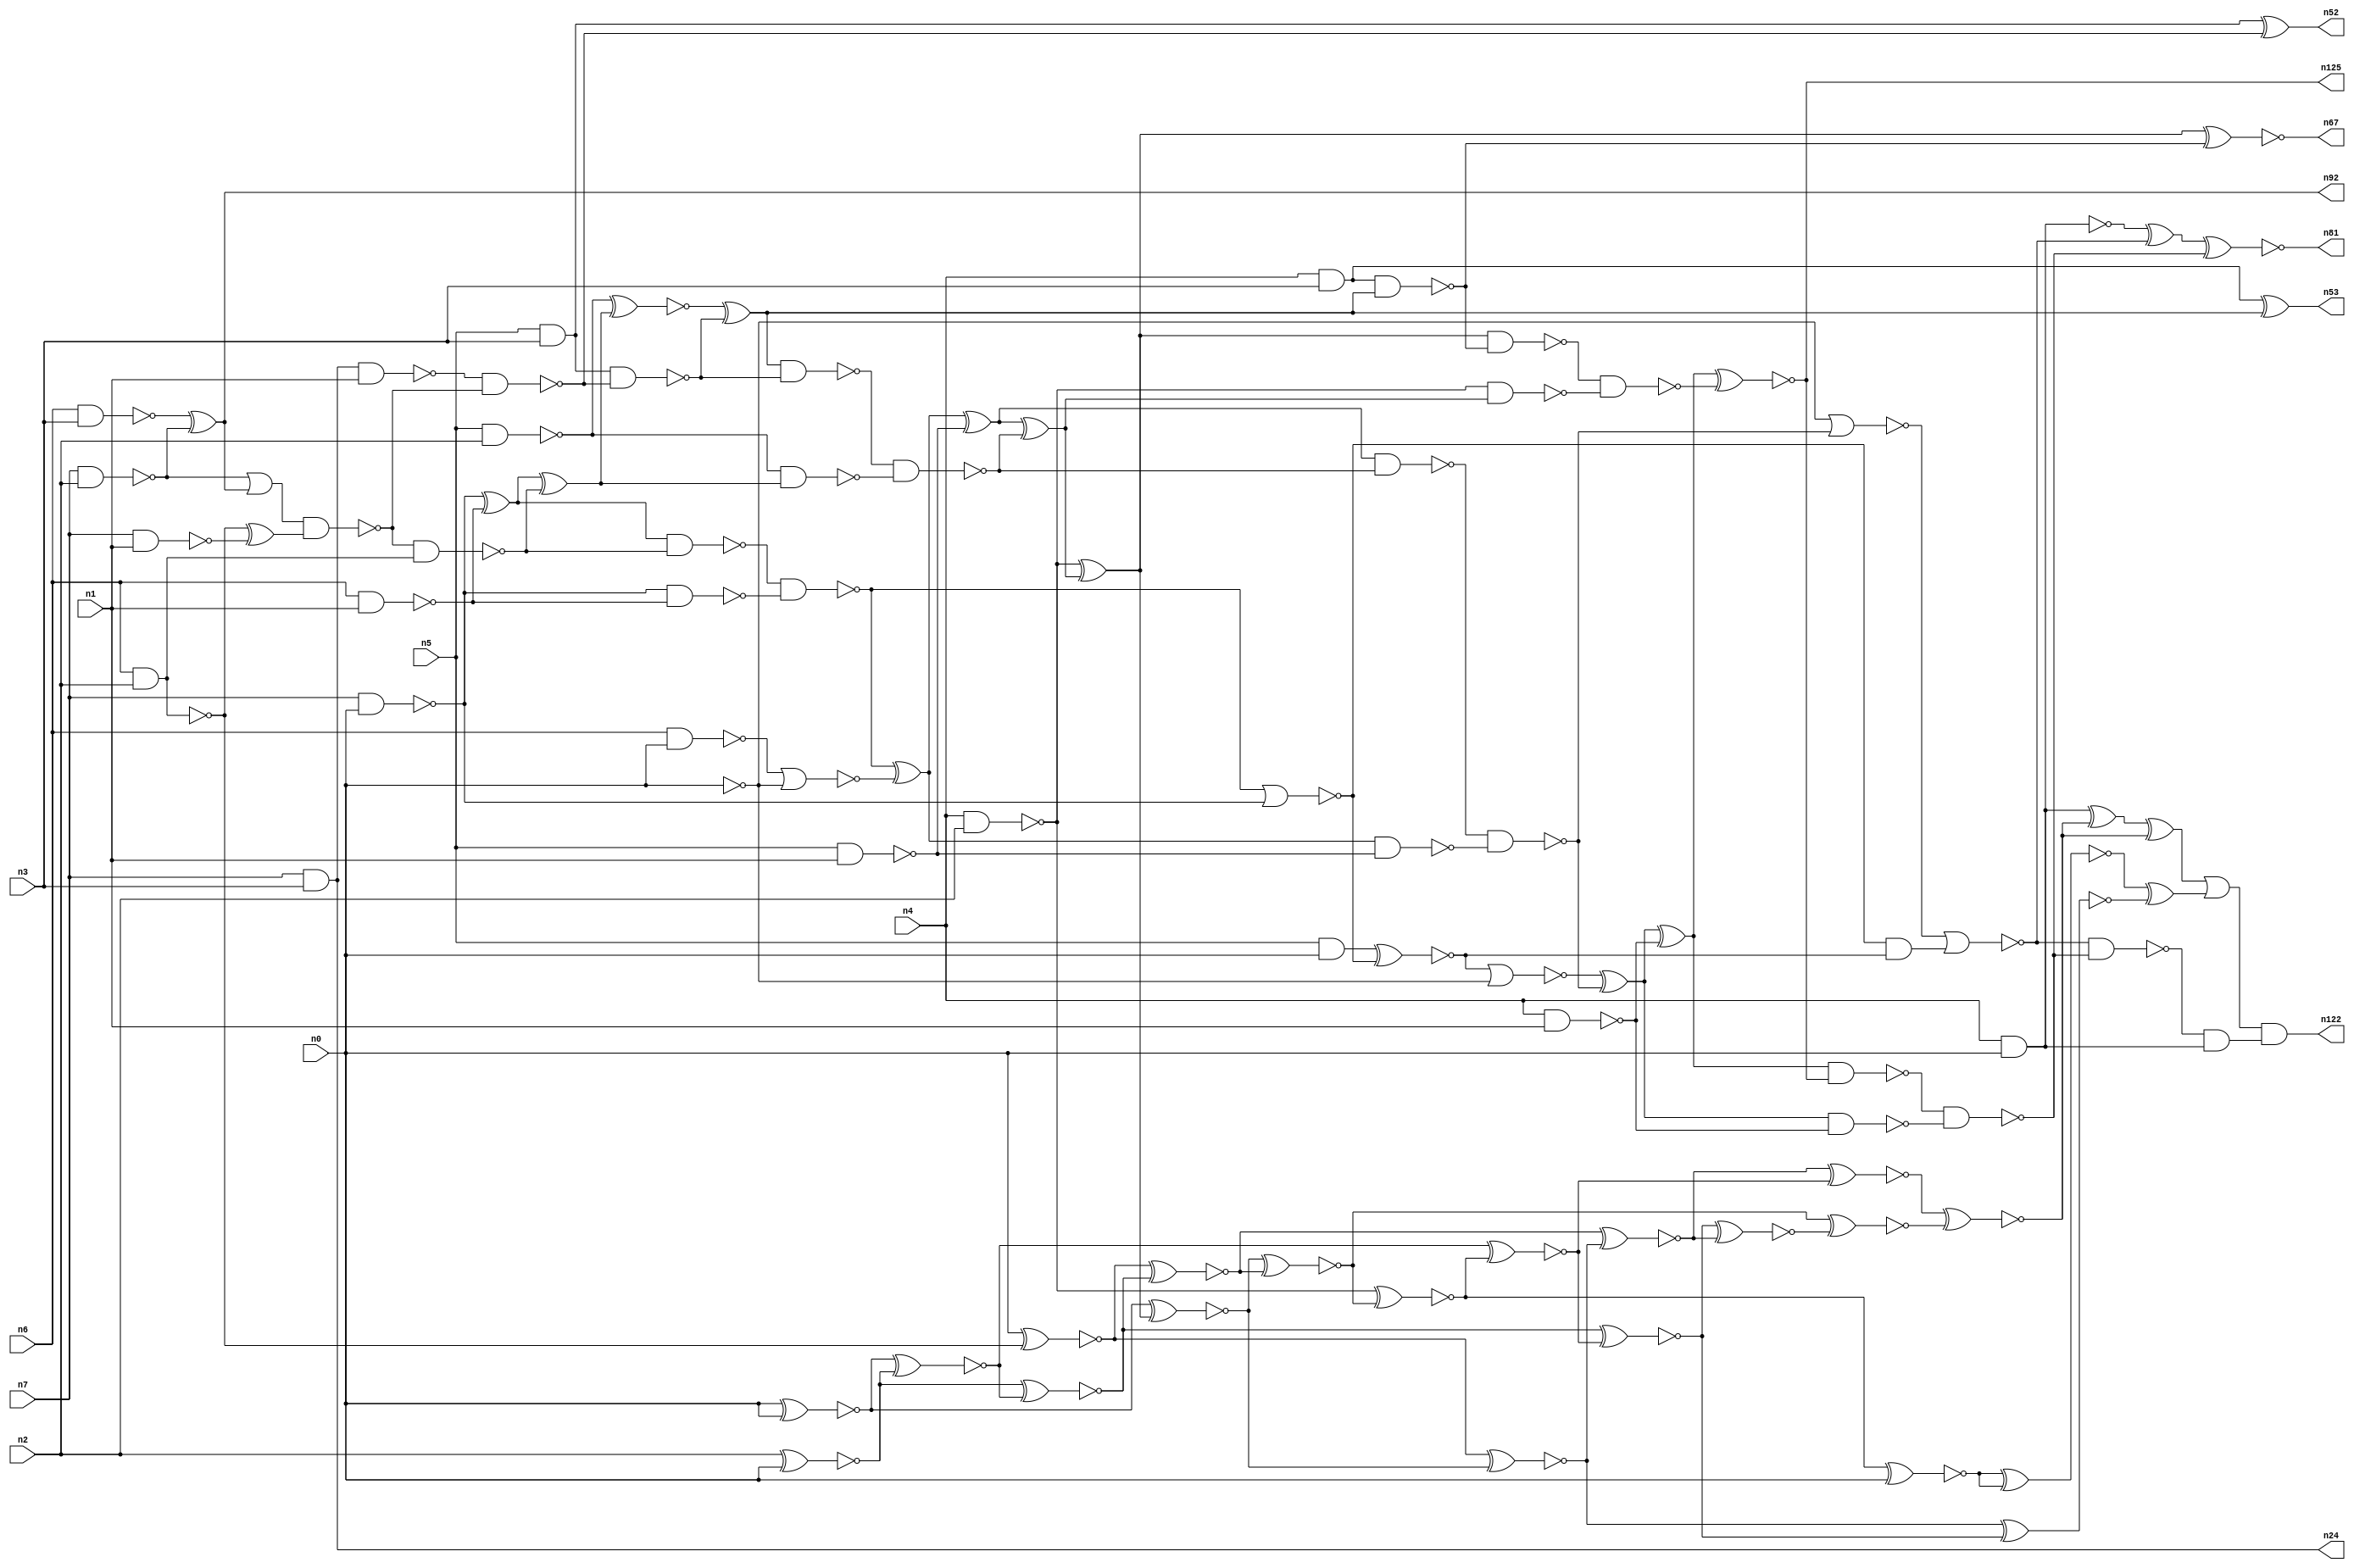
// This program was cloned from: https://github.com/umar-afzaal/ReCkt
// License: MIT License

// This file contains a pareto-optimal circuit with respect to area and the fault-resilince parameter p_fault which is defined as:
// "For all input vectors, the ratio of the no. of faults observable at the POs to the no. of total possible faults in the circuit".
// This code is part of the ReCkt library (https://github.com/umar-afzaal/ReCkt) distributed under The MIT License.
// When used, please cite the following article(s):
// U. Afzaal, A.S. Hassan, M. Usman and J.A. Lee, "On the Evolutionary Synthesis of Increased Fault-resilience Arithmetic Circuits".

// p_fault = 64.3 %    (Lower is better)
// gates = 100.0
// levels = 24
// area = 137.12    (For MCNC library relative to nand2)
// power = 819.3 uW    (Berkely-SIS for MCNC library @ Vdd=5V and 20 MHz clock)
// delay = 43.9 ns    (Berkely-ABC for MCNC library)
// PDP = 3.59673e-11 J

// Pin mapping:
// {n0, n1, n2, n3} = A[3:0]
// {n4, n5, n6, n7} = B[3:0]
// {n122, n81, n125, n67, n53, n52, n92, n24} = O[7:0]

module mult4u_area_61 (
n0, n1, n2, n3, n4, n5, n6, n7, 
n122, n81, n125, n67, n53, n52, n92, n24
);

input n0, n1, n2, n3, n4, n5, n6, n7;
output n122, n81, n125, n67, n53, n52, n92, n24;
wire n95, n16, n73, n77, n26, n41, n40, n108, n38, n78, n76, n46, n50, n51, n83, n15, n66, n111, n36, n35, 
n18, n99, n32, n13, n21, n64, n94, n57, n65, n90, n33, n10, n17, n70, n93, n96, n116, n97, n61, n19, 
n58, n68, n74, n44, n20, n62, n60, n28, n89, n91, n59, n80, n82, n27, n105, n79, n69, n45, n71, n98, 
n25, n14, n75, n43, n8, n88, n86, n39, n34, n37, n31, n112, n42, n56, n54, n12, n63, n30, n22, n110, 
n85, n11, n49, n29, n9, n72, n47, n55, n23, n87, n48, n84;

nand (n8, n4, n3);
and (n9, n5, n0);
nand (n10, n6, n1);
nand (n11, n5, n1);
nand (n12, n0, n0);
nand (n13, n6, n2);
nand (n14, n4, n1);
nand (n15, n7, n0);
nand (n16, n7, n1);
nand (n17, n7, n2);
nand (n18, n6, n3);
and (n19, n5, n3);
nand (n20, n6, n0);
nand (n21, n5, n2);
nand (n22, n4, n2);
nand (n23, n4, n0);
and (n24, n7, n3);
xor (n25, n15, n10);
xor (n26, n18, n17);
nand (n27, n15, n10);
nor (n28, n20, n12);
and (n29, n13, n13);
xor (n30, n13, n16);
or (n31, n17, n26);
nand (n32, n8, n8);
xnor (n33, n0, n29);
nand (n34, n24, n1);
nand (n35, n13, n29);
xnor (n36, n0, n0);
nand (n37, n31, n30);
nand (n38, n37, n35);
nand (n39, n34, n37);
nand (n40, n19, n39);
xor (n41, n25, n38);
nand (n42, n25, n38);
xnor (n43, n19, n39);
nand (n44, n21, n41);
and (n45, n40, n40);
nand (n46, n42, n27);
xnor (n47, n21, n41);
xor (n48, n47, n45);
nand (n49, n48, n40);
nor (n50, n46, n15);
xor (n51, n46, n28);
nand (n52, n43, n43);
xor (n53, n32, n48);
xnor (n54, n9, n50);
xor (n55, n51, n11);
nand (n56, n32, n48);
and (n57, n50, n54);
nand (n58, n51, n11);
nand (n59, n49, n44);
nor (n60, n54, n12);
xor (n61, n55, n59);
nand (n62, n55, n59);
nand (n63, n22, n61);
nand (n64, n0, n0);
nand (n65, n62, n58);
xor (n66, n22, n61);
xnor (n67, n66, n56);
xor (n68, n60, n65);
nand (n69, n66, n56);
nor (n70, n64, n65);
xor (n71, n68, n14);
nor (n72, n70, n57);
nand (n73, n68, n14);
nand (n74, n69, n63);
xnor (n75, n71, n74);
xor (n76, n23, n72);
nand (n77, n23, n23);
nand (n78, n71, n75);
nand (n79, n78, n73);
nand (n80, n72, n79);
xnor (n81, n76, n79);
and (n82, n80, n77);
xnor (n83, n2, n0);
xnor (n84, n36, n83);
xnor (n85, n83, n84);
xnor (n86, n33, n85);
xnor (n87, n36, n66);
xnor (n88, n87, n86);
xnor (n89, n22, n88);
xnor (n90, n89, n0);
xnor (n91, n33, n87);
and (n92, n26, n26);
xnor (n93, n84, n89);
xnor (n94, n85, n93);
xnor (n95, n86, n91);
xnor (n96, n91, n94);
xnor (n97, n90, n90);
xnor (n98, n94, n95);
xnor (n99, n88, n98);
xnor (n105, n95, n93);
xnor (n108, n105, n99);
xor (n110, n77, n108);
xor (n111, n110, n108);
xor (n112, n97, n96);
or (n116, n111, n112);
and (n122, n116, n82);
and (n125, n75, n75);

endmodule